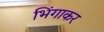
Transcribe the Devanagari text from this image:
भिंगाकर